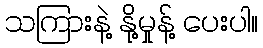
သကြားနဲ့ နို့မှုန့် ပေးပါ။